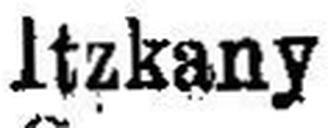
Itzkany